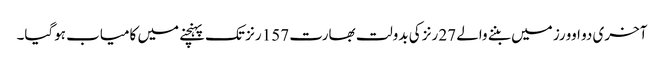
آخری دو اوورز میں بننے والے 27 رنز کی بدولت بھارت 157 رنز تک پہنچنے میں کامیاب ہوگیا۔